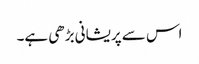
اس سے پریشانی بڑھی ہے۔